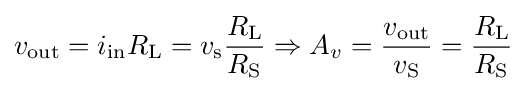
v_{\text{out}}=i_{\text{in}}R_{\text{L}}=v_{\text{s}}{\frac {R_{\text{L}}}{R_{\text{S}}}}\Rightarrow A_{v}={\frac {v_{\text{out}}}{v_{\text{S}}}}={\frac {R_{\text{L}}}{R_{\text{S}}}}